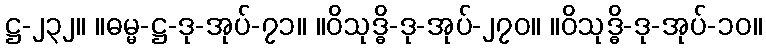
ဋ္ဌ-၂၃၂။ ။ဓမ္မ-ဋ္ဌ-ဒု-အုပ်-၇၁။ ။ဝိသုဒ္ဓိ-ဒု-အုပ်-၂၇၀။ ။ဝိသုဒ္ဓိ-ဒု-အုပ်-၁၀။